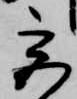
宮